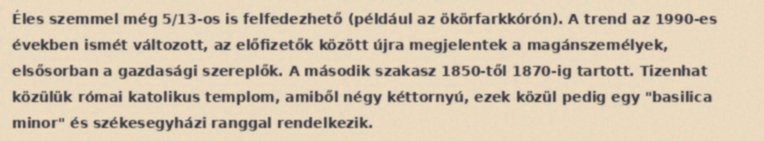
Éles szemmel még 5/13-os is felfedezhető (például az ökörfarkkórón). A trend az 1990-es években ismét változott, az előfizetők között újra megjelentek a magánszemélyek, elsősorban a gazdasági szereplők. A második szakasz 1850-től 1870-ig tartott. Tizenhat közülük római katolikus templom, amiből négy kéttornyú, ezek közül pedig egy "basilica minor" és székesegyházi ranggal rendelkezik.